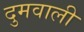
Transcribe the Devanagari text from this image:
दुमवाली